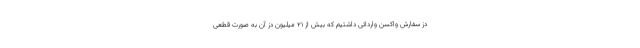
دُز سفارش واکسن وارداتی داشتیم که بیش از ۲۱ میلیون دز آن به صورت قطعی